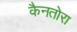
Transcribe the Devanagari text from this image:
कैनतोरा